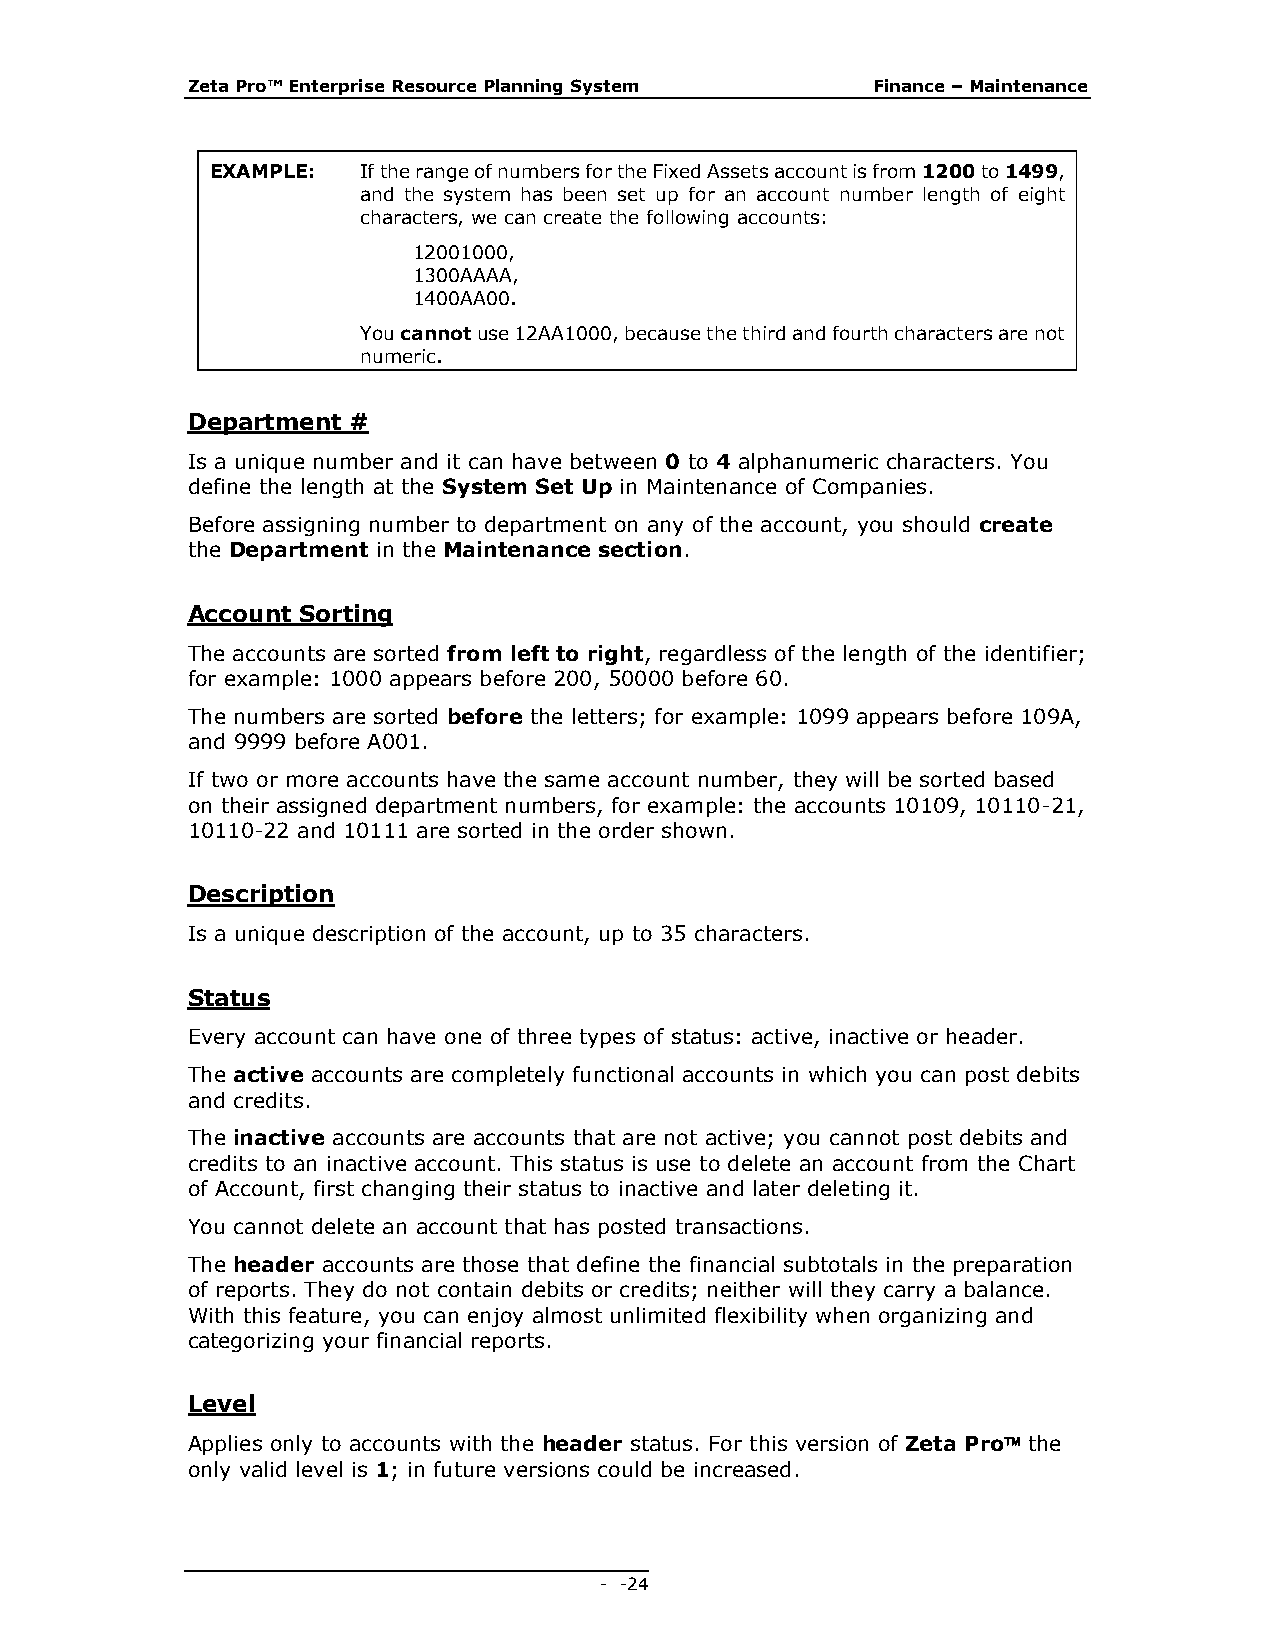
Zeta Pro™ Enterprise Resource Planning System Finance – Maintenance
 EXAMPLE:  If the range of numbers for the Fixed Assets account is from 1200 to 1499,
 and the system has been set up for an account number length of eight
 characters, we can create the following accounts:
 12001000,
 1300AAAA,
 1400AA00.
 You cannot use 12AA1000, because the third and fourth characters are not
 numeric.
 Department #
 Is a unique number and it can have between 0 to 4 alphanumeric characters. You
 define the length at the System Set Up in Maintenance of Companies.
 Before assigning number to department on any of the account, you should create
 the Department in the Maintenance section.
 Account Sorting
 The accounts are sorted from left to right, regardless of the length of the identifier;
 for example: 1000 appears before 200, 50000 before 60.
 The numbers are sorted before the letters; for example: 1099 appears before 109A,
 and 9999 before A001.
 If two or more accounts have the same account number, they will be sorted based
 on their assigned department numbers, for example: the accounts 10109, 10110-21,
 10110-22 and 10111 are sorted in the order shown.
 Description
 Is a unique description of the account, up to 35 characters.
 Status
 Every account can have one of three types of status: active, inactive or header.
 The active accounts are completely functional accounts in which you can post debits
 and credits.
 The inactive accounts are accounts that are not active; you cannot post debits and
 credits to an inactive account. This status is use to delete an account from the Chart
 of Account, first changing their status to inactive and later deleting it.
 You cannot delete an account that has posted transactions.
 The header accounts are those that define the financial subtotals in the preparation
 of reports. They do not contain debits or credits; neither will they carry a balance.
 With this feature, you can enjoy almost unlimited flexibility when organizing and
 categorizing your financial reports.
 Level
 Applies only to accounts with the header status. For this version of Zeta Pro the
 only valid level is 1; in future versions could be increased.
 - - 24